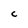
Character: C